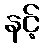
နင့်